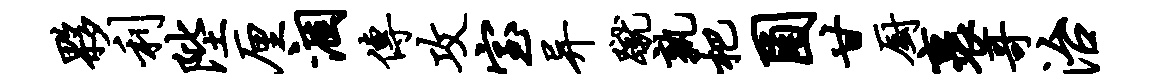
夥利陛厘涸传攻室异蹴孰杷圃甘厨裹哥治